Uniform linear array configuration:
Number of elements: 16
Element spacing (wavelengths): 0.75
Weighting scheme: binomial
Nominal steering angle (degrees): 60
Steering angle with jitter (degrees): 58.941
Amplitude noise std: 0.05
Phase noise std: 0.05

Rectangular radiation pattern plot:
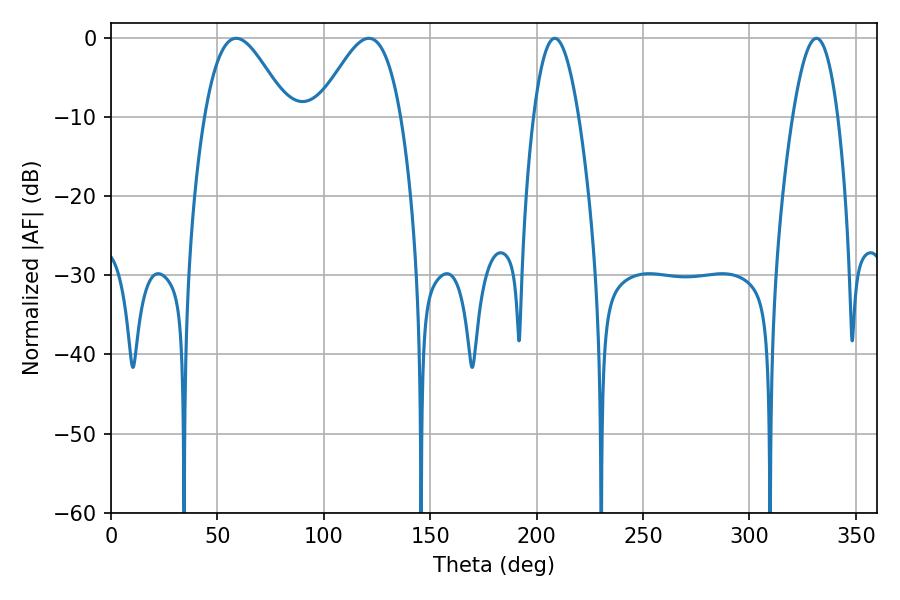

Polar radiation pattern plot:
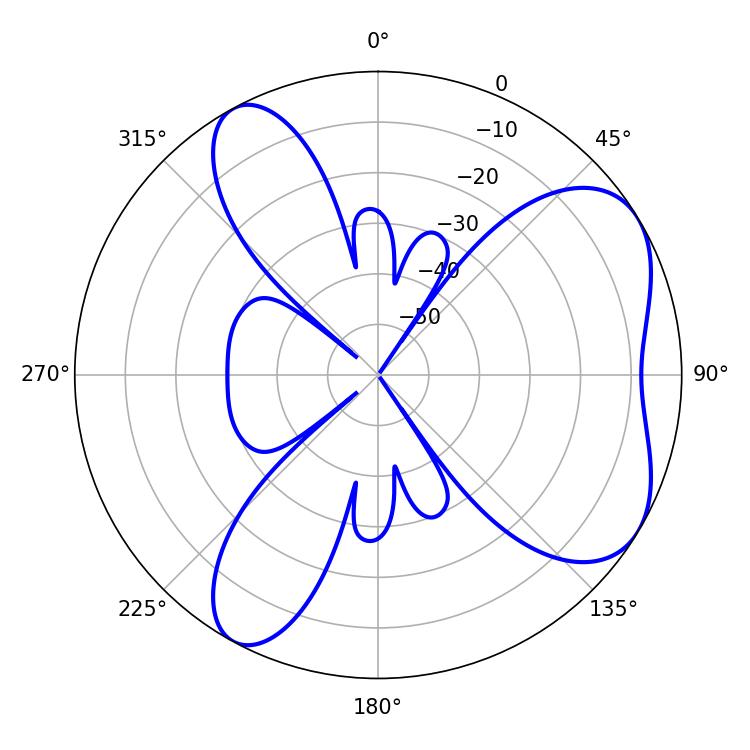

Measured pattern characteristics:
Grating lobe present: TRUE
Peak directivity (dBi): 5.902
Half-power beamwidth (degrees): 20.88
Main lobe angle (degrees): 58.86